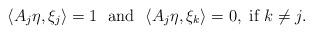
LaTeX: \begin{align*}\langle A_j\eta,\xi_j\rangle=1\ \ \mbox{and}\ \ \langle A_j\eta,\xi_k\rangle=0,\ \mbox{if}\ k\ne j.\end{align*}